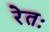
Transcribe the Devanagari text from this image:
रेतः